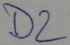
Text: D2